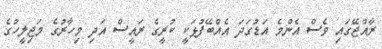
ރާއްޖޭގައި ވެސް އެންމެ އަޑުގަދަ އެއްބޭފުޅަކީ ކުރީގެ ރައީސް އަދި މިހާރުގެ މަޖިލީހުގެ